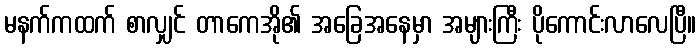
မနက်ကထက် စာလျှင် တာကေအို၏ အခြေအနေမှာ အများကြီး ပိုကောင်းလာလေပြီ။